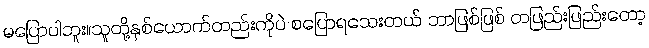
မပြောပါဘူး။သူတို့နှစ်ယောက်တည်းကိုပဲ စပြောရသေးတယ် ဘာဖြစ်ဖြစ် တဖြည်းဖြည်းတော့